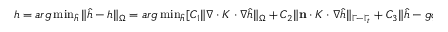
\begin{array} { r } { h = a r g \operatorname* { m i n } _ { \hat { h } } \| \hat { h } - h \| _ { \Omega } = a r g \operatorname* { m i n } _ { \hat { h } } [ C _ { 1 } \| \nabla \cdot K \cdot \nabla \hat { h } \| _ { \Omega } + C _ { 2 } \| \mathbf { n } \cdot K \cdot \nabla \hat { h } \| _ { \Gamma - \Gamma _ { t } } + C _ { 3 } \| \hat { h } - g \phi \| _ { \Gamma _ { t } } ] . } \end{array}